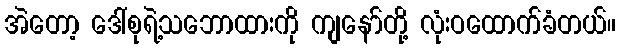
အဲတော့ ဒေါ်စုရဲ့သဘောထားကို ကျနော်တို့ လုံးဝထောက်ခံတယ်။